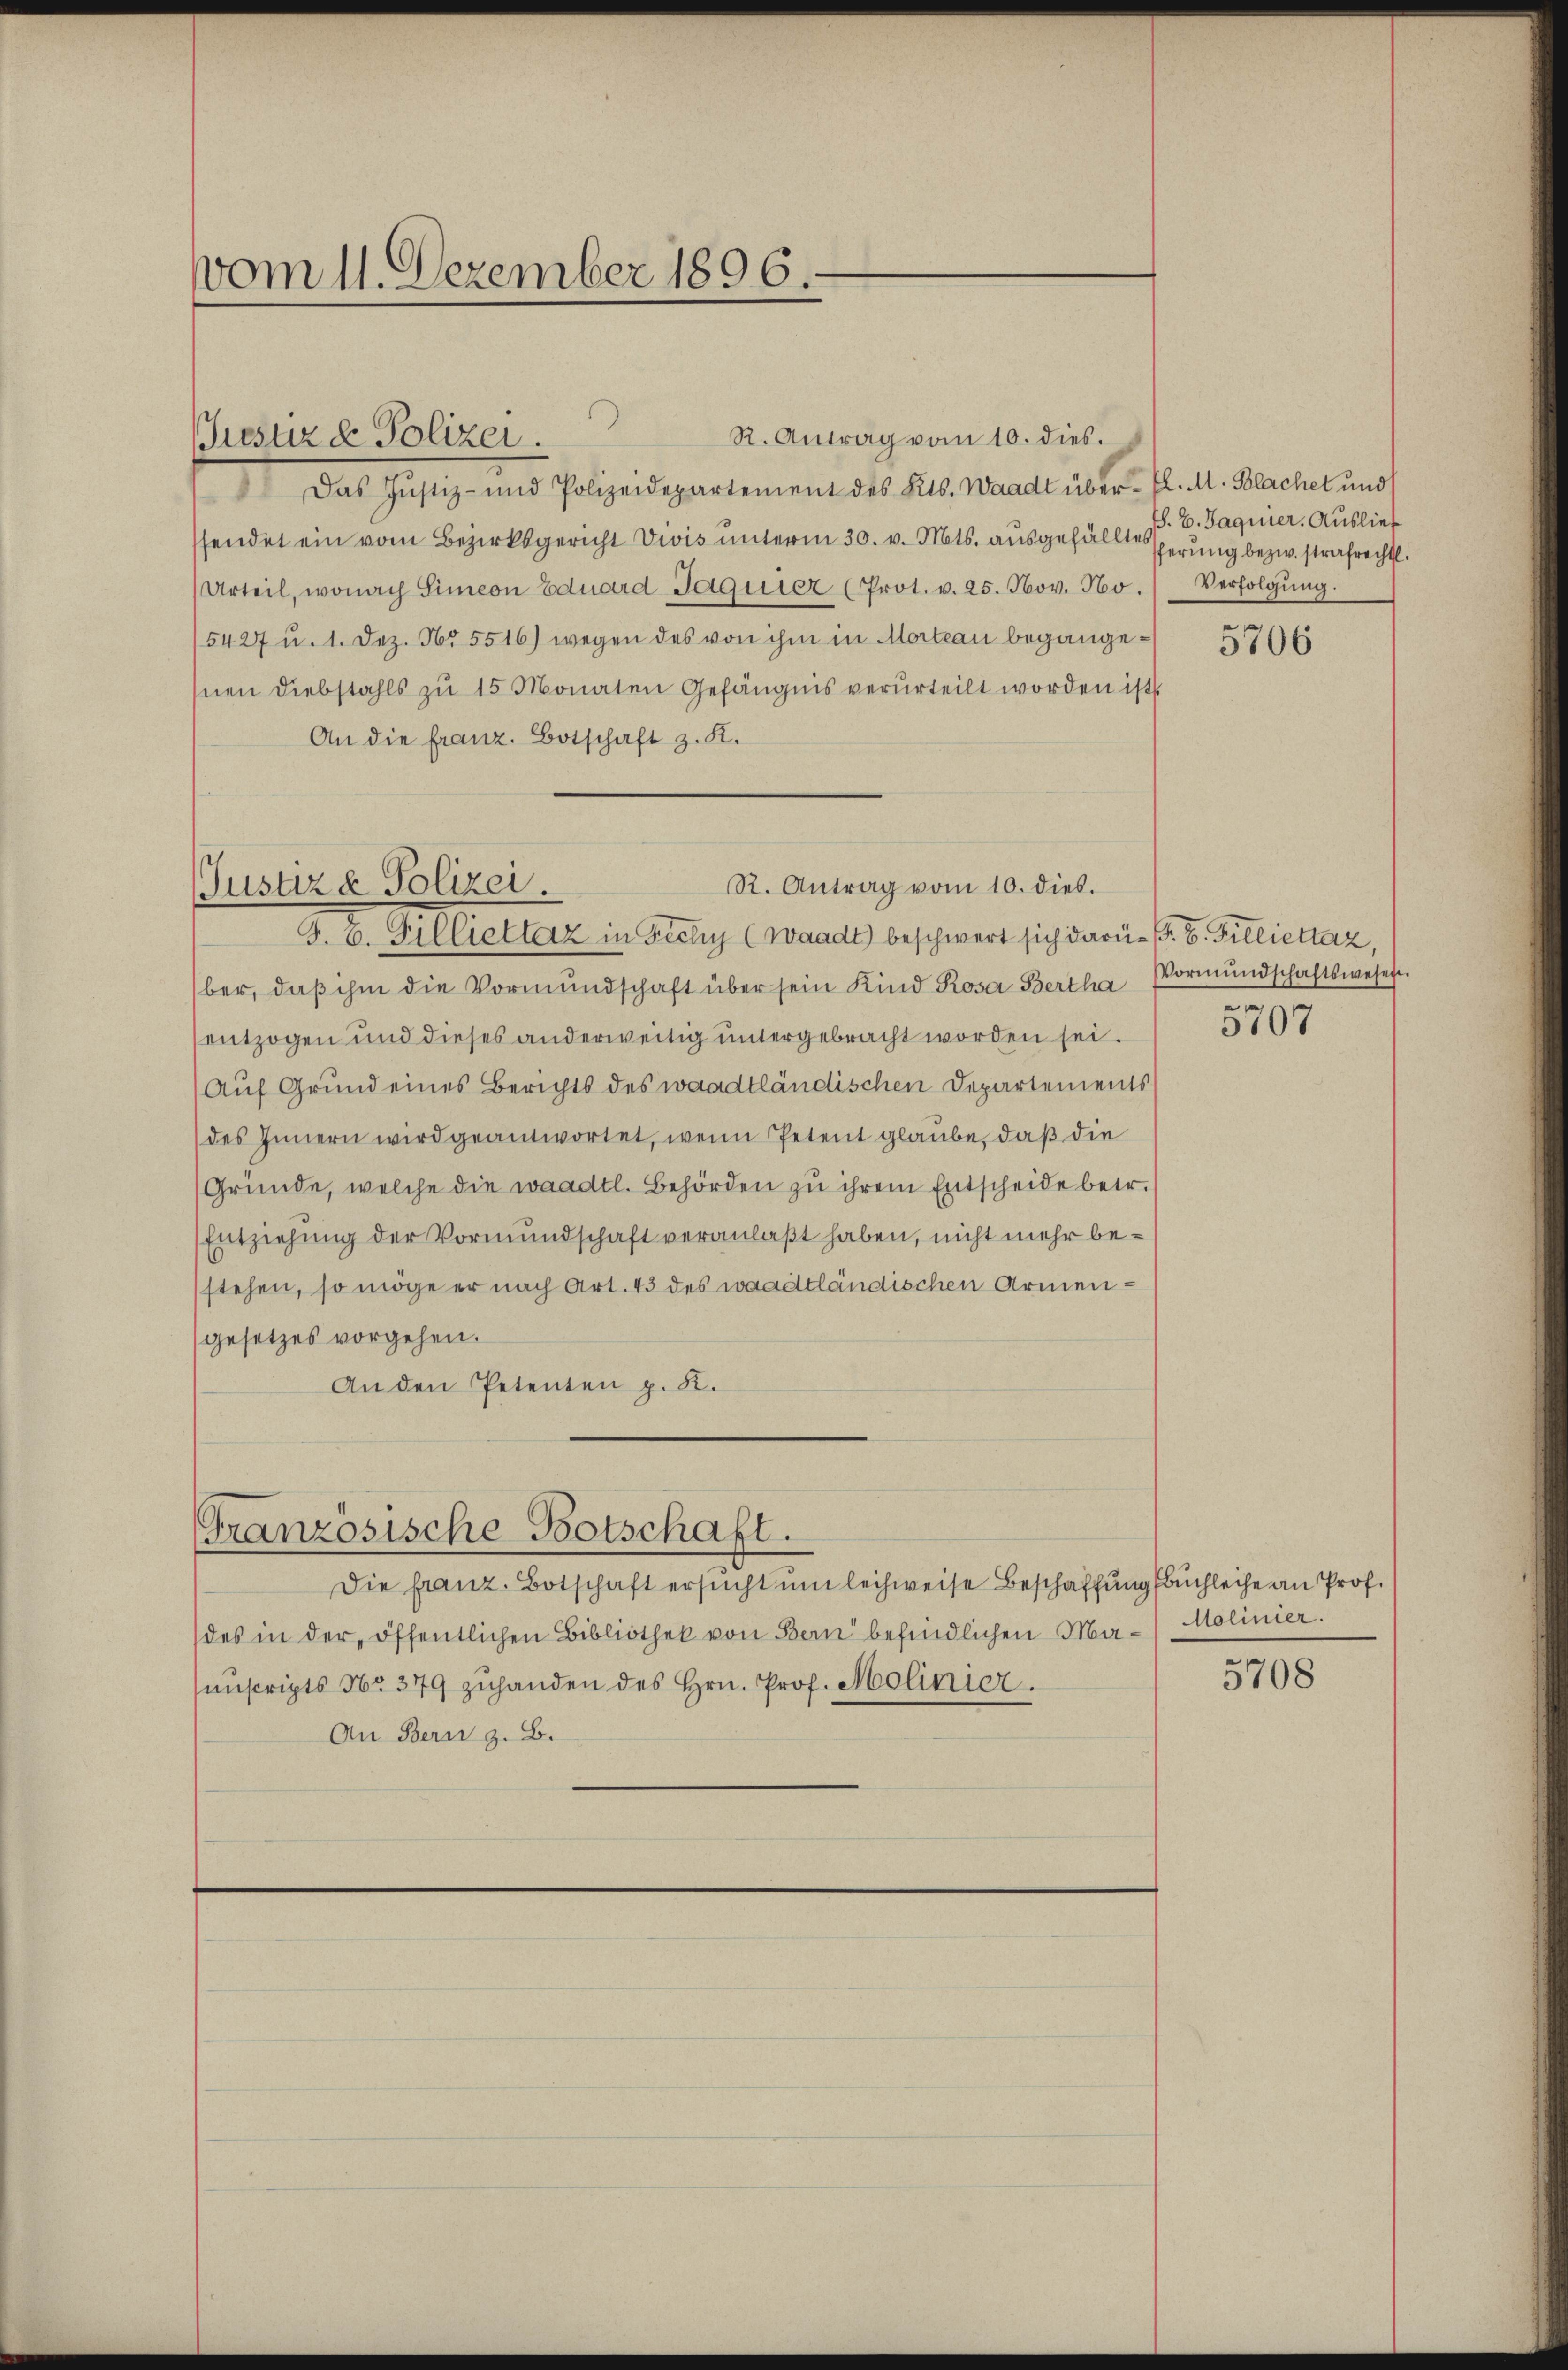
vom 11. Dezember 1896.

ieser & Polizei.

Das Justiz- und Polizeidepartement des Kts. Waadt über fl. M. Blachet und
sendet ein vom Bezirksgericht Viis unterm 30. v. Mts. ausgefällte serung bezw. strafrecht.
Urteil, wonach Simeon Eduard Jaquier (Prot. v. 25. Nov. No.
(5427 u. 1. Dez. 16. 5516) wegen des von ihm in Morteau begangesnen Diebstahls zŭ 15 Monaten Gefängnis verurteilt worden ist
An die franz. Botschaft z. K.

R. Antrag vom 10. dies.
Justiz & Polizei.
G. B. Pilliettarz in Fichy (Waadt) beschwert sich darü- (. B. Pilliettaz,

Granzösische Botschaft.

R. Antrag vom 10. dies.

ber, daβ ihm die Vormŭndschaft über sein Kind Rosa Bertha Vormŭndschaftswese
entzogen und dieses anderweitig untergebracht worden sei.
Auf Grund eines Berichts des waadtländischen Departements
des Innern wird geantwortet, wenn Petent glaube, daß die
Gründe, welche die waadtl. Behörden zu ihrem Entscheide betr.
Entziehung der Vormundschaft veranlaßt haben, nicht mehr bestehen, so möge er nach Art. 43 des waadtländischen Armen¬
(gesetzes vorgehen.
An den Petenten p. 2.

Die franz. Botschaft ersucht um leihweise Beschaffung Buchleihe an Prof.
des in der öffentlichen Bibliothek von Bern befindlichen Ma-Molinier.
sanscripts No. 379 zuhanden des Hrn. Prof. Molinier.
An Bern z. B.

. B. Sagnier. Auslief
Verfolgung.

5706

e

5107

5708